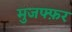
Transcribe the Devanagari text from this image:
मुजफ्फ़र